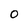
Character: O